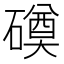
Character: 磸